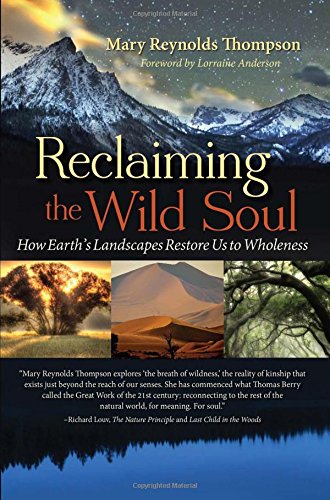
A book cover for Reclaiming the Wild Soul: How Earth's Landscapes Restore Us to Wholeness; Mary Reynolds Thompson; Religion & Spirituality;